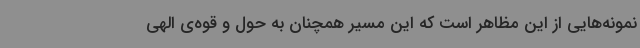
نمونه‌هایی از این مظاهر است که این مسیر همچنان به حول و قوه‌ی الهی